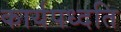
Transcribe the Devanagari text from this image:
कार्यपध्दति